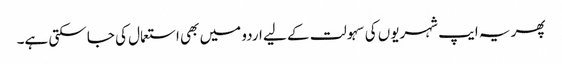
پھر یہ ایپ شہریوں کی سہولت کے لیے اردو میں بھی استعمال کی جا سکتی ہے۔